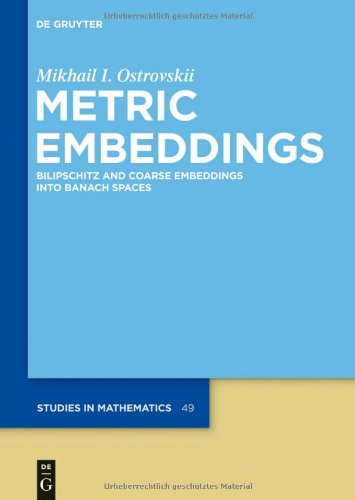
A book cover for Metric Embeddings (De Gruyter Studies in Mathematics); Mikhail I. Ostrovskii; Science & Math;